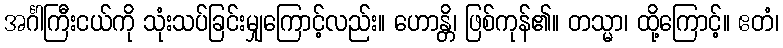
အင်္ဂါကြီးငယ်ကို သုံးသပ်ခြင်းမျှကြောင့်လည်း။ ဟောန္တိ၊ ဖြစ်ကုန်၏။ တသ္မာ၊ ထို့ကြောင့်။ ဧတံ၊